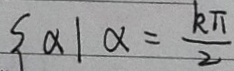
\{ \alpha \vert \alpha = \frac { k \pi } { 2 }